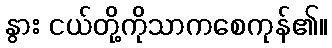
နွား ငယ်တို့ကိုသာကစေကုန်၏။